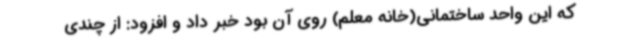
که این واحد ساختمانی(خانه معلم) روی آن بود خبر داد و افزود: از چندی